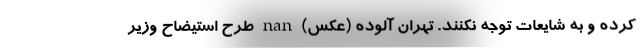
کرده و به شایعات توجه نکنند. تهران آلوده (عکس) nan طرح استیضاح وزیر